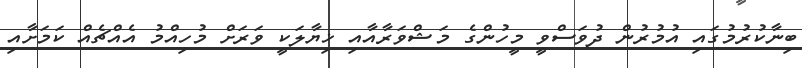
ބިނާކުރުމުގައި އުމުރުން ދުވަސްވީ މީހުންގެ މަޝްވަރާއާއި ޚިޔާލަކީ ވަރަށް މުހިއްމު އެއްޗެއް ކަމަށާއި